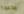
مذعورة